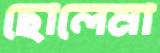
ছোলেমা